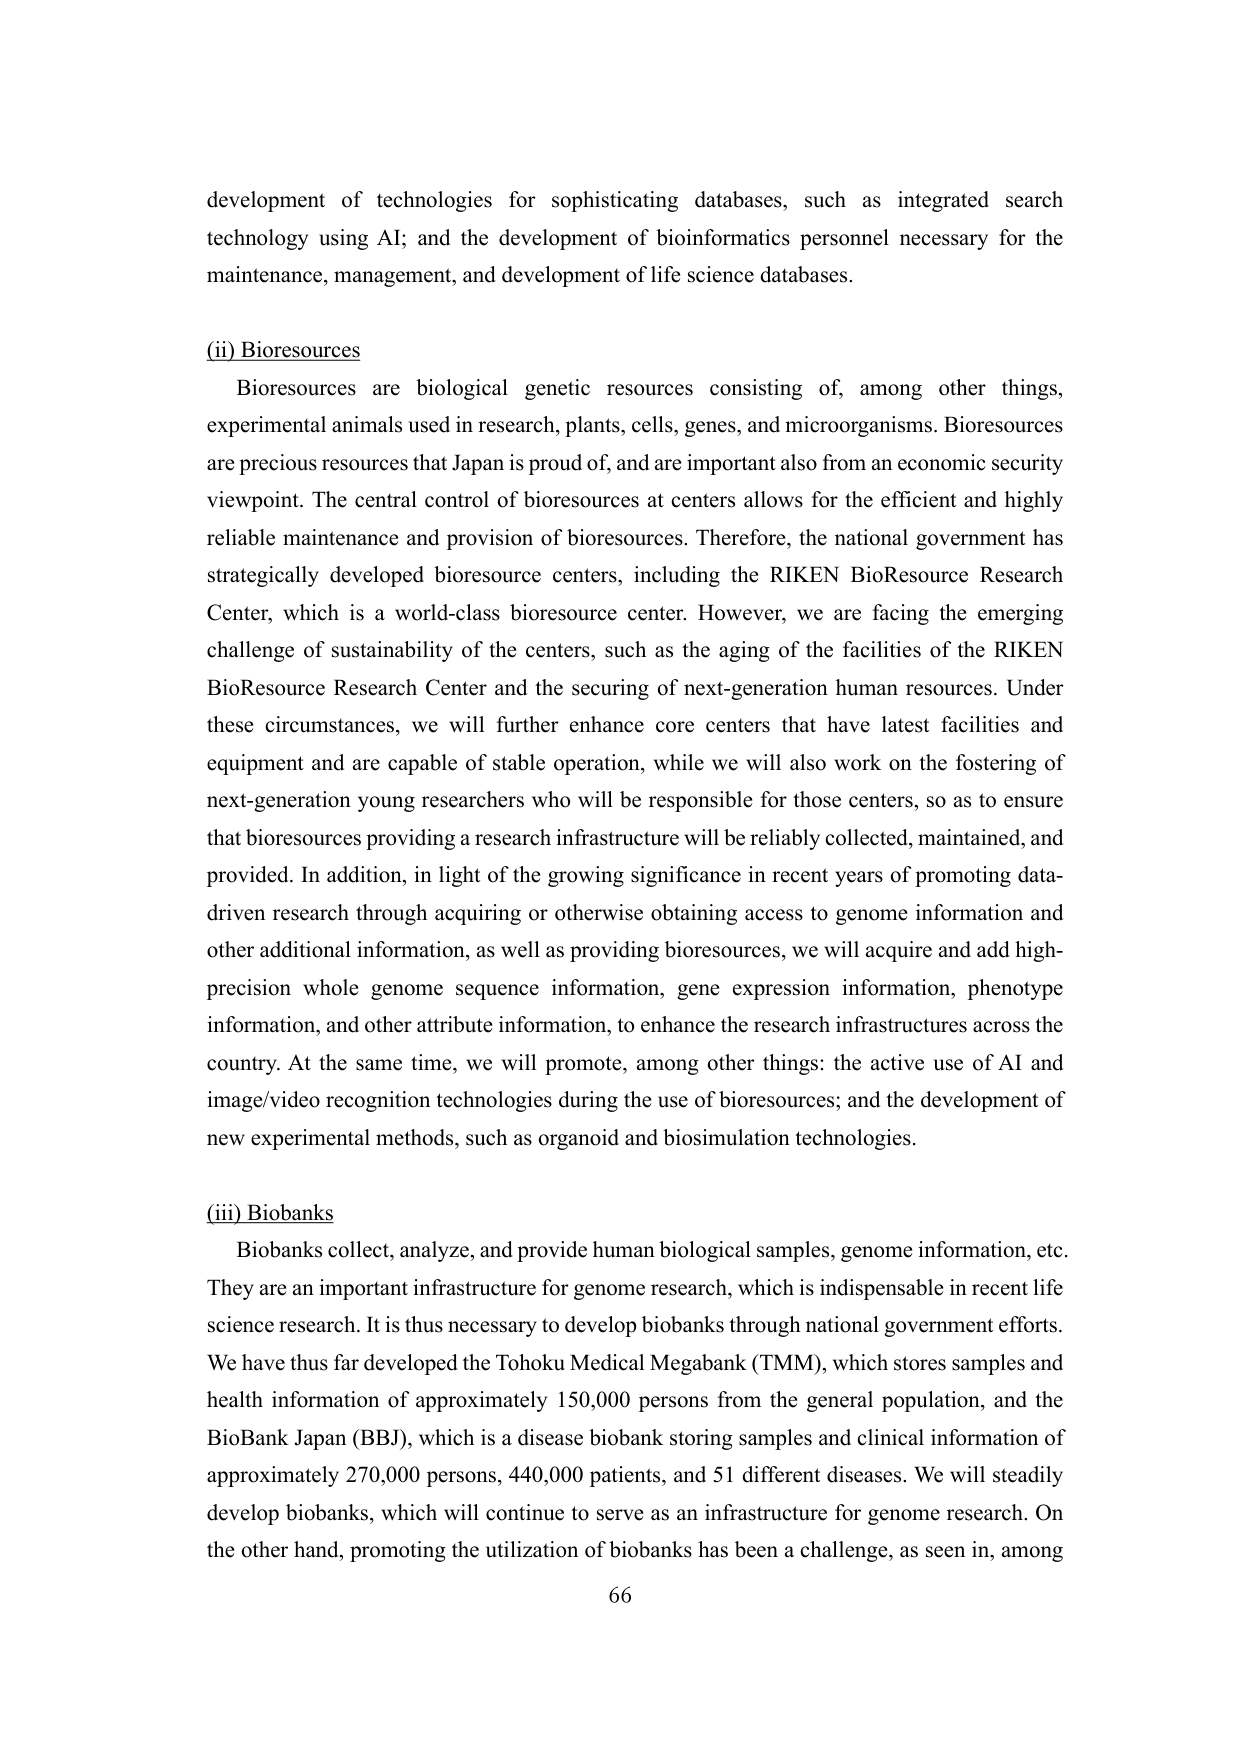
development of technologies for sophisticating databases, such as integrated search technology using AI; and the development of bioinformatics personnel necessary for the maintenance, management, and development of life science databases.

(ii) Bioresources
Bioresources are biological genetic resources consisting of, among other things, experimental animals used in research, plants, cells, genes, and microorganisms. Bioresources are precious resources that Japan is proud of, and are important also from an economic security viewpoint. The central control of bioresources at centers allows for the efficient and highly reliable maintenance and provision of bioresources. Therefore, the national government has strategically developed bioresource centers, including the RIKEN BioResource Research Center, which is a world-class bioresource center. However, we are facing the emerging challenge of sustainability of the centers, such as the aging of the facilities of the RIKEN BioResource Research Center and the securing of next-generation human resources. Under these circumstances, we will further enhance core centers that have latest facilities and equipment and are capable of stable operation, while we will also work on the fostering of next-generation young researchers who will be responsible for those centers, so as to ensure that bioresources providing a research infrastructure will be reliably collected, maintained, and provided. In addition, in light of the growing significance in recent years of promoting data-driven research through acquiring or otherwise obtaining access to genome information and other additional information, as well as providing bioresources, we will acquire and add high-precision whole genome sequence information, gene expression information, phenotype information, and other attribute information, to enhance the research infrastructures across the country. At the same time, we will promote, among other things: the active use of AI and image/video recognition technologies during the use of bioresources; and the development of new experimental methods, such as organoid and biosimulation technologies.

(iii) Biobanks
Biobanks collect, analyze, and provide human biological samples, genome information, etc. They are an important infrastructure for genome research, which is indispensable in recent life science research. It is thus necessary to develop biobanks through national government efforts. We have thus far developed the Tohoku Medical Megabank (TMM), which stores samples and health information of approximately 150,000 persons from the general population, and the BioBank Japan (BBJ), which is a disease biobank storing samples and clinical information of approximately 270,000 persons, 440,000 patients, and 51 different diseases. We will steadily develop biobanks, which will continue to serve as an infrastructure for genome research. On the other hand, promoting the utilization of biobanks has been a challenge, as seen in, among

66